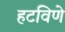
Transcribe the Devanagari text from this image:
हटविणे